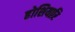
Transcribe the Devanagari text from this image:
होशियारि